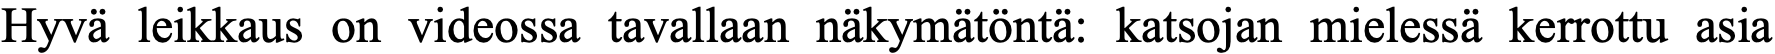
Hyvä leikkaus on videossa tavallaan näkymätöntä: katsojan mielessä kerrottu asia